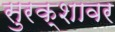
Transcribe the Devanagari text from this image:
सुरक्शावर